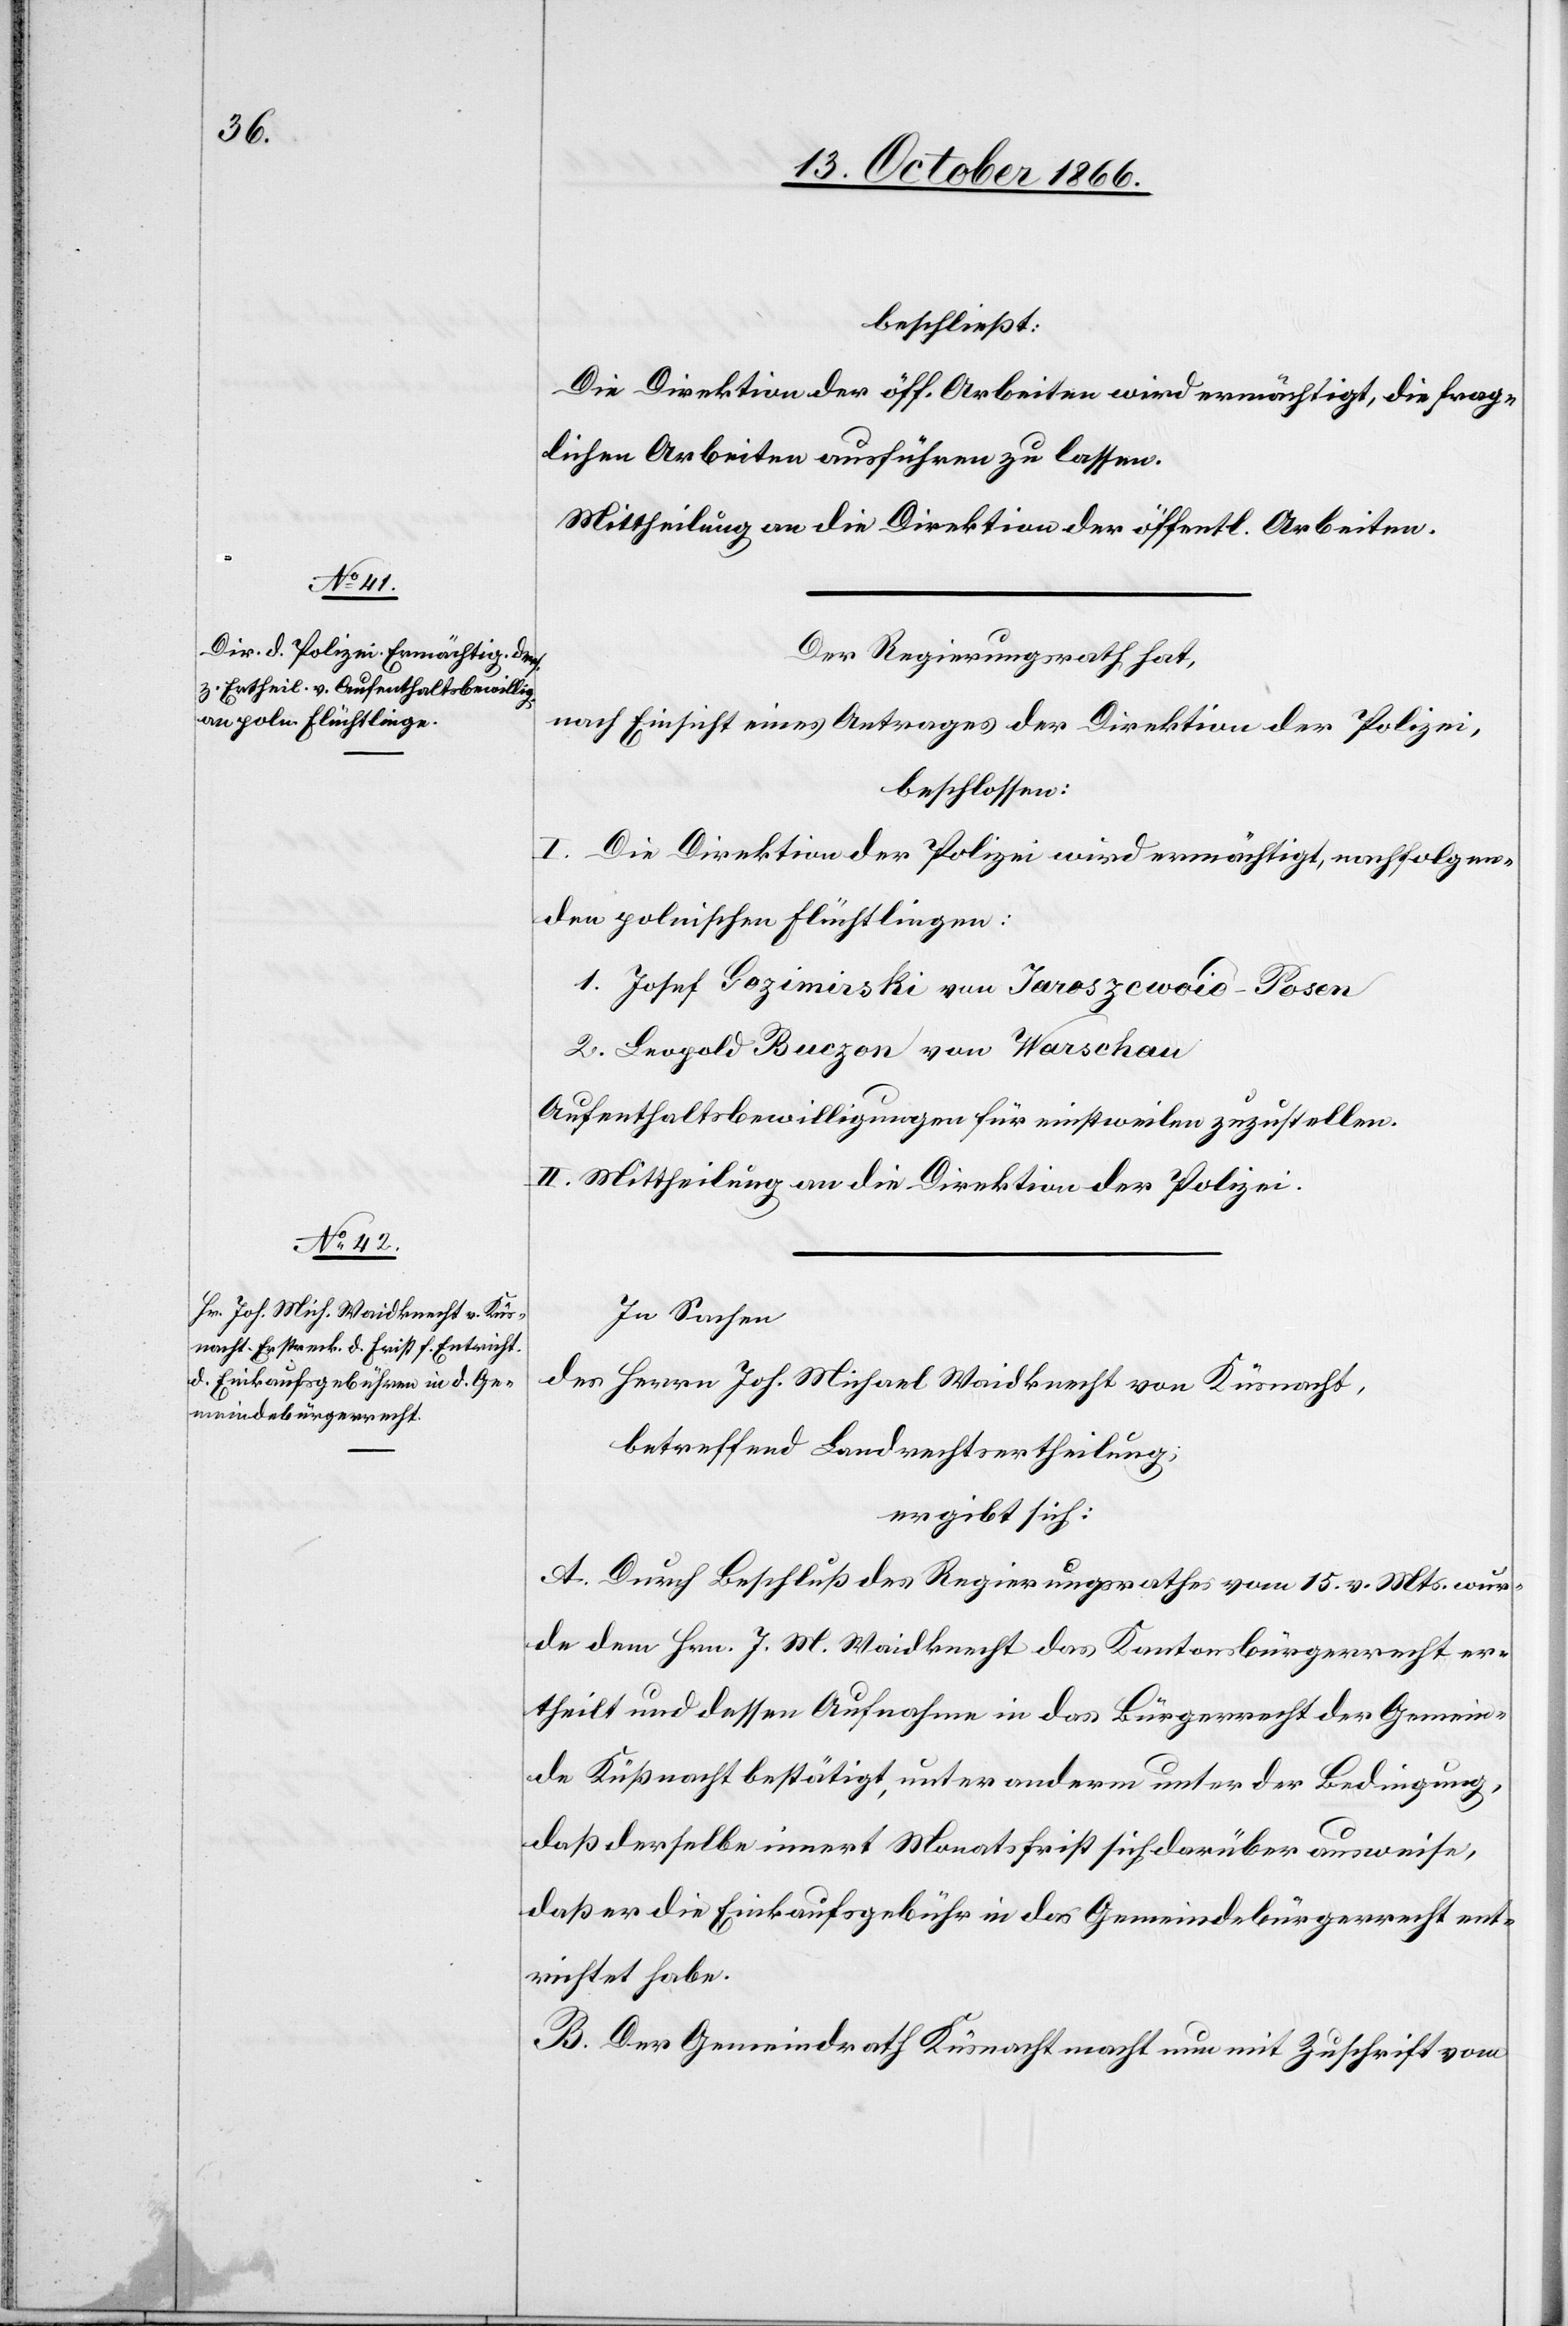
beschließt:
Die Direktion der öff. Arbeiten wird ermächtigt, die frag¬
lichen Arbeiten ausführen zu lassen.
Mittheilung an die Direktion der öffentl. Arbeiten.
Der Regierungsrath hat,
nach Einsicht eines Antrages der Direktion der Polizei,
beschlossen:
I. Die Direktion der Polizei wird ermächtigt, nachfolgen¬
den polnischen Flüchtlingen:
1. Josef Gozimirski von Jaroszcwoid-Posen
2. Leopold Buczon von Warschau
Aufenthaltsbewilligungen für einstweilen zuzustellen.
II. Mittheilung an die Direktion der Polizei.
In Sachen
des Herrn Joh. Michael Waidknecht von Küsnacht,
betreffend Landrechtsertheilung,
ergibt sich:
A. Durch Beschluß des Regierungsrathes vom 15. v. Mts. wur¬
de dem Hrn. J. M. Waidknecht das Kantonsbürgerrecht er¬
theilt und dessen Aufnahme in das Bürgerrecht der Gemeinde
daß derselbe innert Monatsfrist sich darüber ausweise,
daß er die Einkaufsgebühr in das Gemeindebürgerrecht ent¬
richtet habe.
B. Der Gemeindrath Küsnacht mach nun mit Zuschrift vom